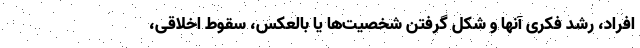
افراد، رشد فکری آنها و شکل گرفتن شخصیت‌ها یا بالعکس، سقوط اخلاقی،